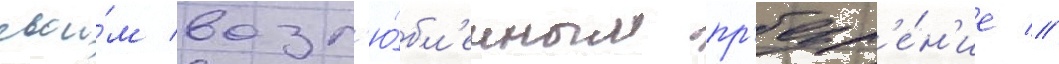
свои́м возл'ю́бл'енным пр'езр'е́н'ие //